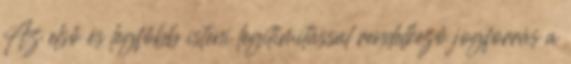
Az első és legfőbb isteni legitimitással rendelkező jogforrás a